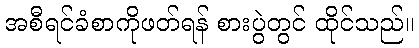
အစီရင်ခံစာကိုဖတ်ရန် စားပွဲတွင် ထိုင်သည်။